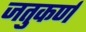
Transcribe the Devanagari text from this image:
जतुकर्ण